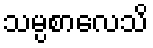
သမ္ပစာလေသိ